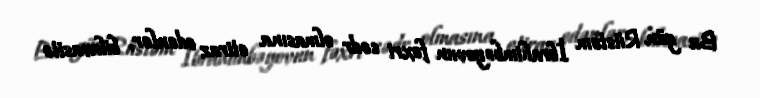
Bu gün Rüstəm İbrahimbəyovun fəxri sədr olmasına etiraz edənlər, bilavasitə